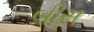
બીસ